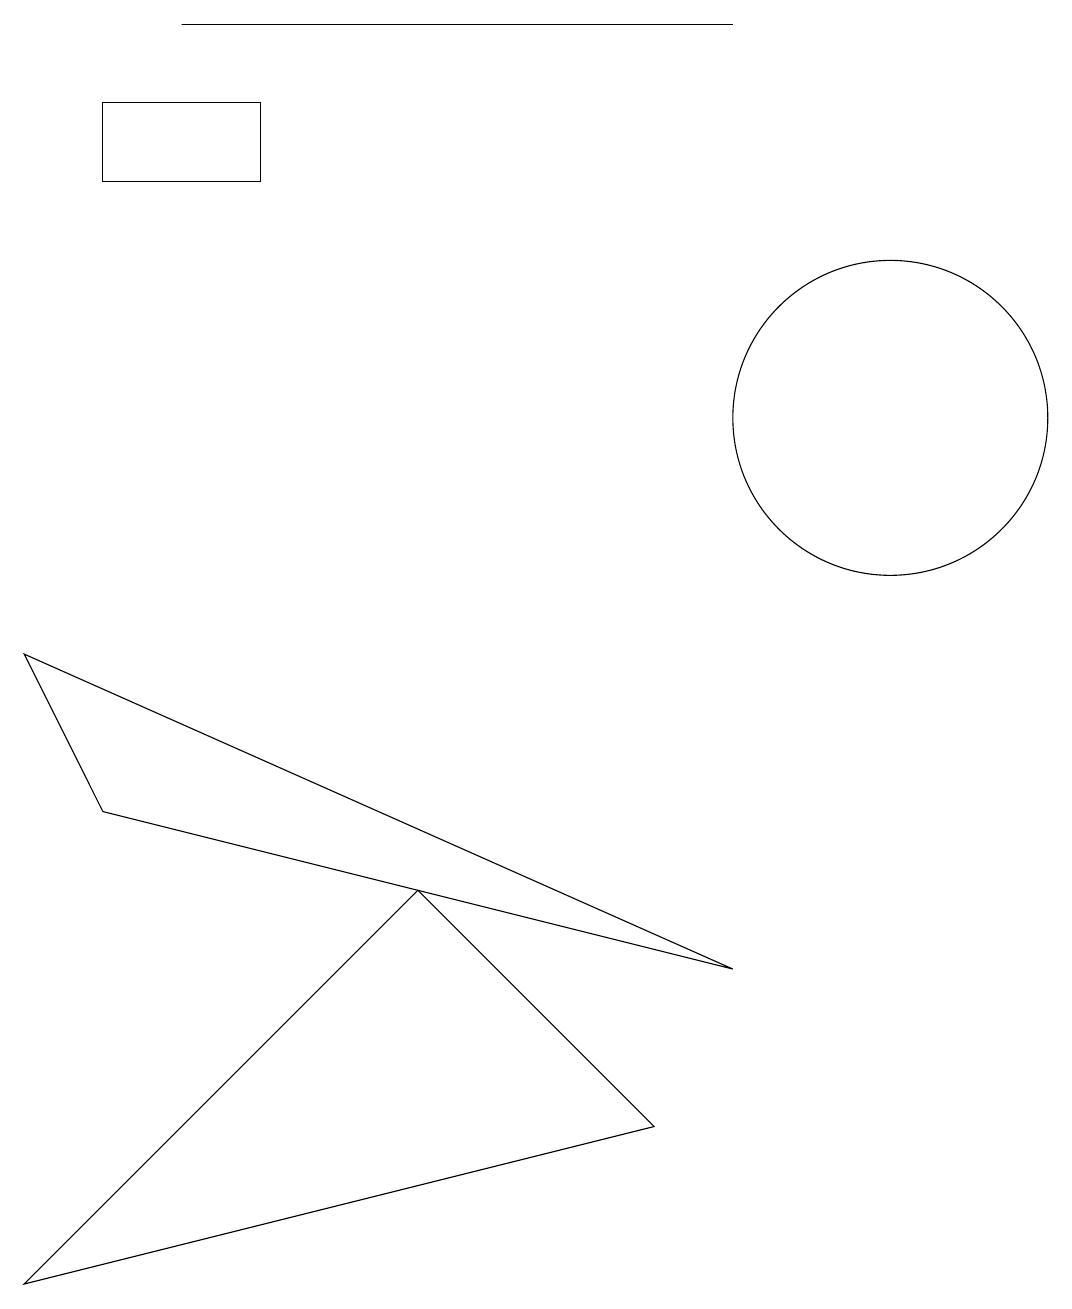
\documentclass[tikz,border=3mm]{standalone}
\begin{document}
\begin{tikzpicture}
\draw (3,14) rectangle (1,15);
\draw (9,16) rectangle (2,16);
\draw (5,5) -- (8,2) -- (0,0) -- cycle;
\draw (11,11) circle (2);
\draw (9,4) -- (0,8) -- (1,6) -- cycle;
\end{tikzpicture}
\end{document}